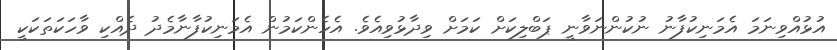
އުޅުއްވިނަމަ އެމަނިކުފާނު ނުކުންނަވާނީ ޕަބްލިކަށް ކަމަށް ވިދާޅުވިއެވެ. އެހެންކަމުން އެމަނިކުފާނާމެދު ދެއްކި ވާހަކަތަކަކީ